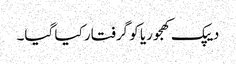
دیپک کھجوریا کو گرفتار کیا گیا۔